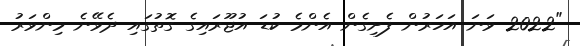
"2022 ވަނަ އަހަރުން ފެށިގެން އެންމެ ކުޑަ އުޖޫރައިގެ ގޮތުގައި ދެވޭނެ މިންވަރު